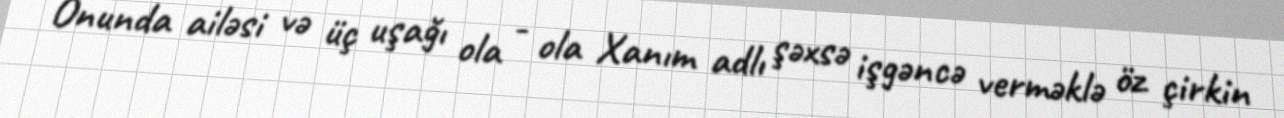
Onunda ailəsi və üç uşağı ola - ola Xanım adlı şəxsə işgəncə verməklə öz çirkin